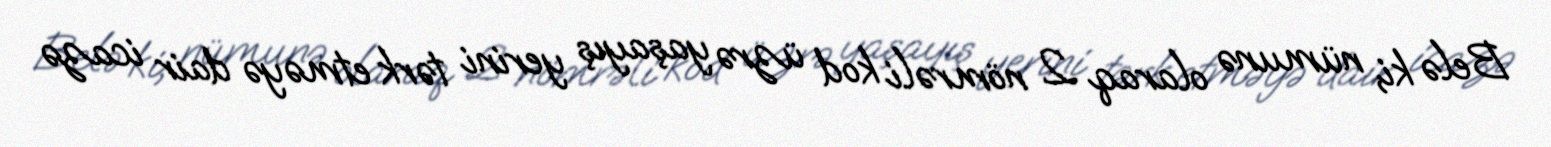
Belə ki, nümunə olaraq 2 nömrəli kod üzrə yaşayış yerini tərk etməyə dair icazə